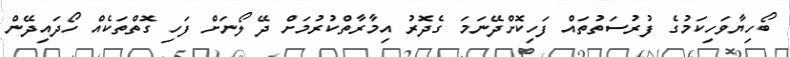
ބޯހިޔާވަހިކަމުގެ ފުރުސަތުތައް ފަހިކޮށްދޭނަމަަ ގެދޮރު އިމާރާތްކުރުމަށް ދޭ ލޯނަށް ފަހި ގޮތްތަކެއް ހޯދައިދޭން